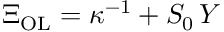
\Xi _ { \mathrm { O L } } = \kappa ^ { - 1 } + S _ { 0 } \, Y